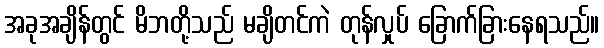
အခုအချိန်တွင် မိဘတို့သည် မချိတင်ကဲ တုန်လှုပ် ခြောက်ခြားနေရသည်။